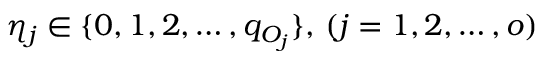
\eta _ { j } \in \{ 0 , 1 , 2 , \dots , q _ { O _ { j } } \} , \, ( j = 1 , 2 , \dots , o )